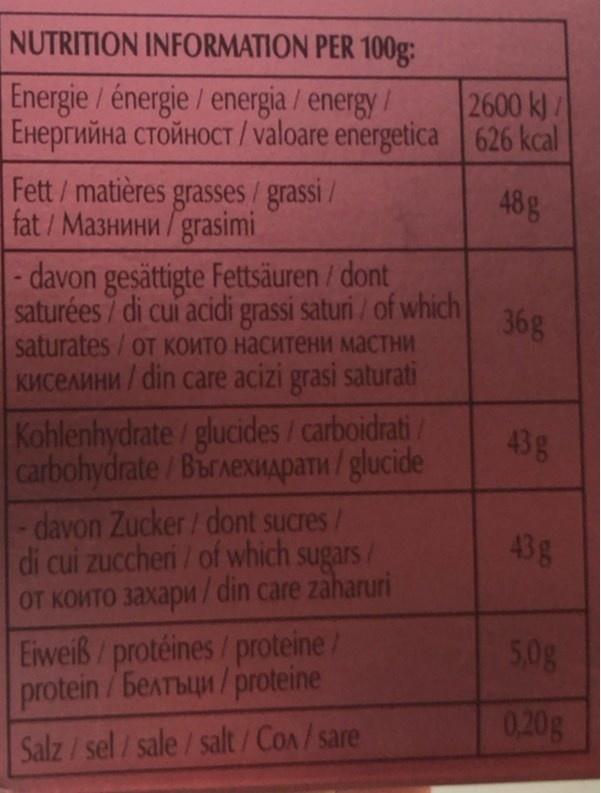
NUTRITION INFORMATION PER 100g:
Energie /énergie / energia / energy / Енергийна стойност / valoare energetica | 626 kcal
2600 k) /
Fett/matières grasses/grassi / fat / Ma3HMHN/grasimi
48g
- davon gesättigte Fettsäuren / dont saturées 7 di cui acidi grassi saturi / of which saturates /oт КОито наситени мастни KMCEANHN / din care acizi grasi saturati
36g
Kohlenhydrate/glucides/ carboidrati/ carbohydrate / BirnexMApaTn/ glucide
43g
- davon Zucker/ dont sucres/ di cui zuccheri / of which sugars/ OT KOMTO 3axapu/din care zaharuri
43g
Eiweiß/protéines/proteine/ protein /Белтыци / рroteine
5.0g
0,20g
Salz/sel / sale / salt/Con/sare
DO
GO